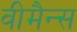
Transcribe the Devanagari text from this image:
वीमैन्स